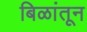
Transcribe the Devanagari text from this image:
बिळांतून